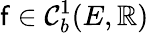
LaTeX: \mathsf{f}\in\mathcal{{C}}_{b}^{1}(E,\mathbb{{R}})